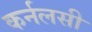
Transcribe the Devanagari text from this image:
कर्नलसी